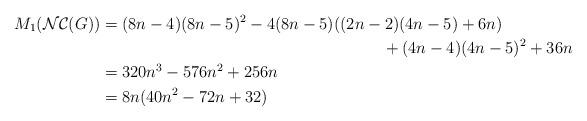
LaTeX: \begin{align*} M_{1}(\mathcal{NC}(G))&=(8n-4)(8n-5)^{2}-4(8n-5)((2n-2)(4n-5)+6n) \\ &~~~~~~~~~~~~~~~~~~~~~~~~~~~~~~~~~~~~~~~~~~~~~~~~~~~~+(4n-4)(4n-5)^{2}+36n \\ &= 320n^{3}-576n^{2}+256n \\ &= 8n(40n^{2}-72n+32)\end{align*}